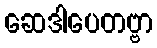
ဆေဒါပေတဗ္ဗာ